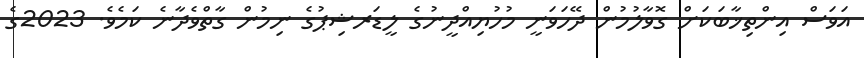
އަވަސް އިންތިޚާބަކަށް ގޮވާލުމުން ދޭހަވަނީ މުހުޔިއްދީނުގެ ލީޑަރޝިޕުގެ ނިމުން ގާތްވެދާނެ ކަމެވެ. 2023ގެ